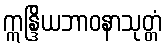
ဣန္ဒြိယဘာဝနာသုတ္တံ